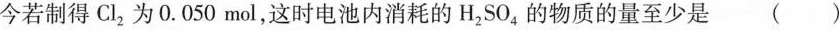
今若制得Cl_{2}为0.050 mol，这时电池内消耗的H_{2}SO_{4}的物质的量至少是 ( )